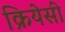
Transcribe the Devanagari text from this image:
क्रियेसी